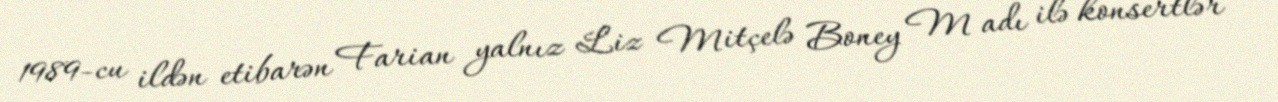
1989-cu ildən etibarən Farian yalnız Liz Mitçelə Boney M adı ilə konsertlər